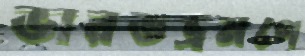
ভারতভ্রমণে